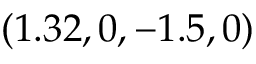
( 1 . 3 2 , 0 , - 1 . 5 , 0 )